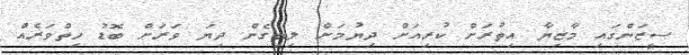
ސީޒަންގައި މާޒިޔާ އިތުރަށް ކުރިއަށް ދިޔުމަށް ލިބިގެން ދިޔަ ވަރަށް ބޮޑު ހިތްވަރެއް